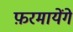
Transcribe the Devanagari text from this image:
फ़रमायेंगे